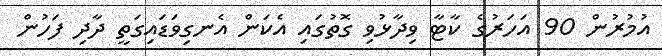
އުމުރުން 90 އަހަރުގެ ކާޓާ ވިދާޅުވި ގޮތުގައި އެކަން އެނގިވަޑައިގަތީ ދާދި ފަހުން